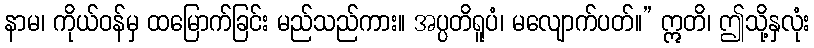
နာမ၊ ကိုယ်ဝန်မှ ထမြောက်ခြင်း မည်သည်ကား။ အပ္ပတိရူပံ၊ မလျောက်ပတ်။” ဣတိ၊ ဤသို့နှလုံး